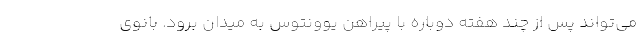
می‌تواند پس از چند هفته دوباره با پیراهن یوونتوس به میدان برود. بانوی